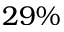
2 9 \%